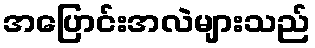
အပြောင်းအလဲများသည်